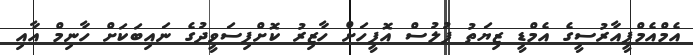
އެމްއެމްޕީއާރުސީގެ އެމްޑީ ޒިޔަތު ފުލުސް އޮފީހަށް ހާޒިރު ކޮށްފިސަވީދުގެ ނައިބަކަށް ހާނިމް އާއި